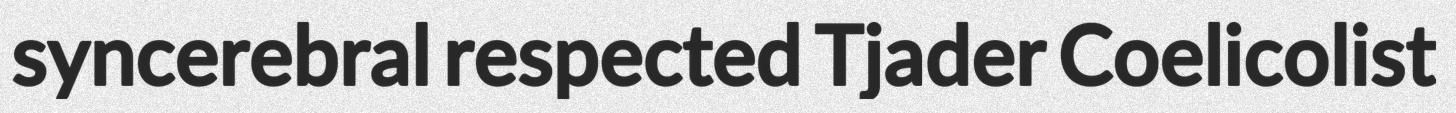
syncerebral respected Tjader Coelicolist